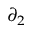
\partial _ { 2 }